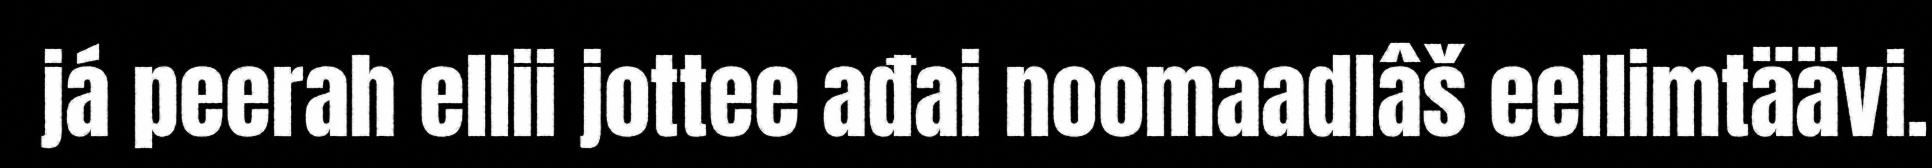
já peerah ellii jottee ađai noomaadlâš eellimtäävi.